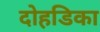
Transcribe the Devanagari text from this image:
दोहडिका